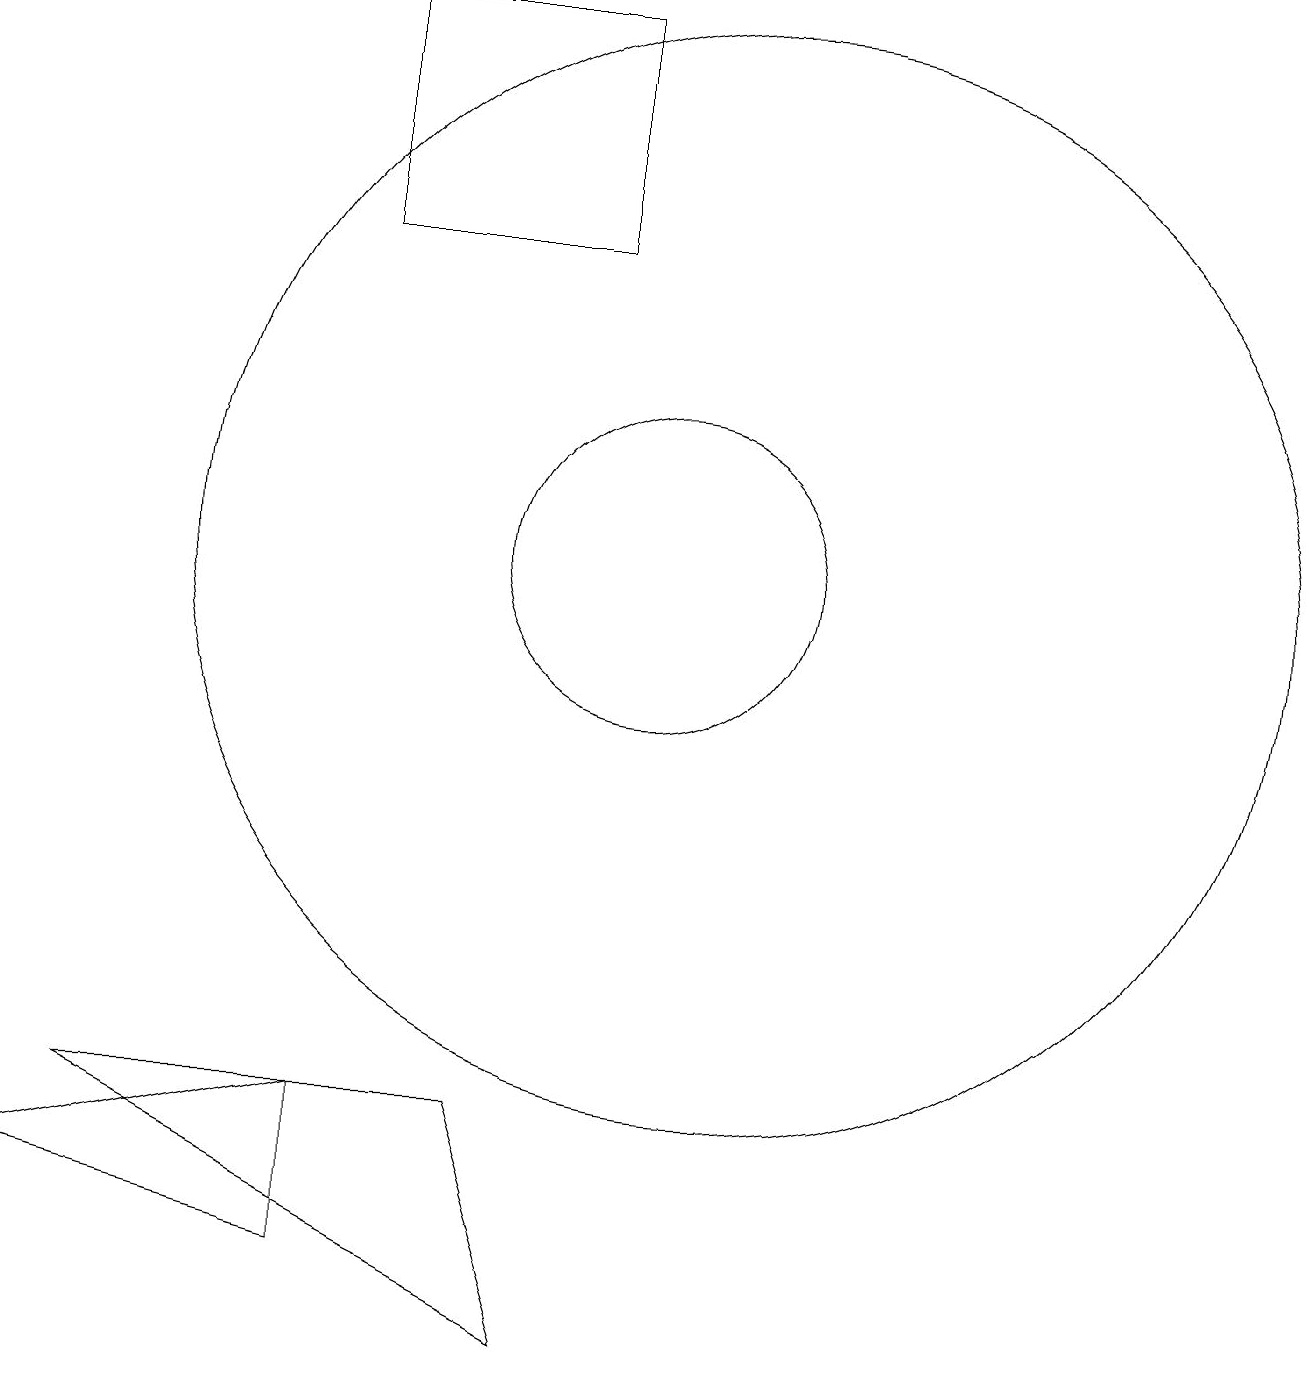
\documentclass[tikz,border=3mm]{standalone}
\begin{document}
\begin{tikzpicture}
\draw (6,3) -- (6,1) -- (2,2) -- cycle;
\draw (11,10) circle (7);
\draw (8,3) -- (3,3) -- (9,0) -- cycle;
\draw (9,14) rectangle (6,17);
\draw (10,10) circle (2);
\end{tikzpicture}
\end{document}